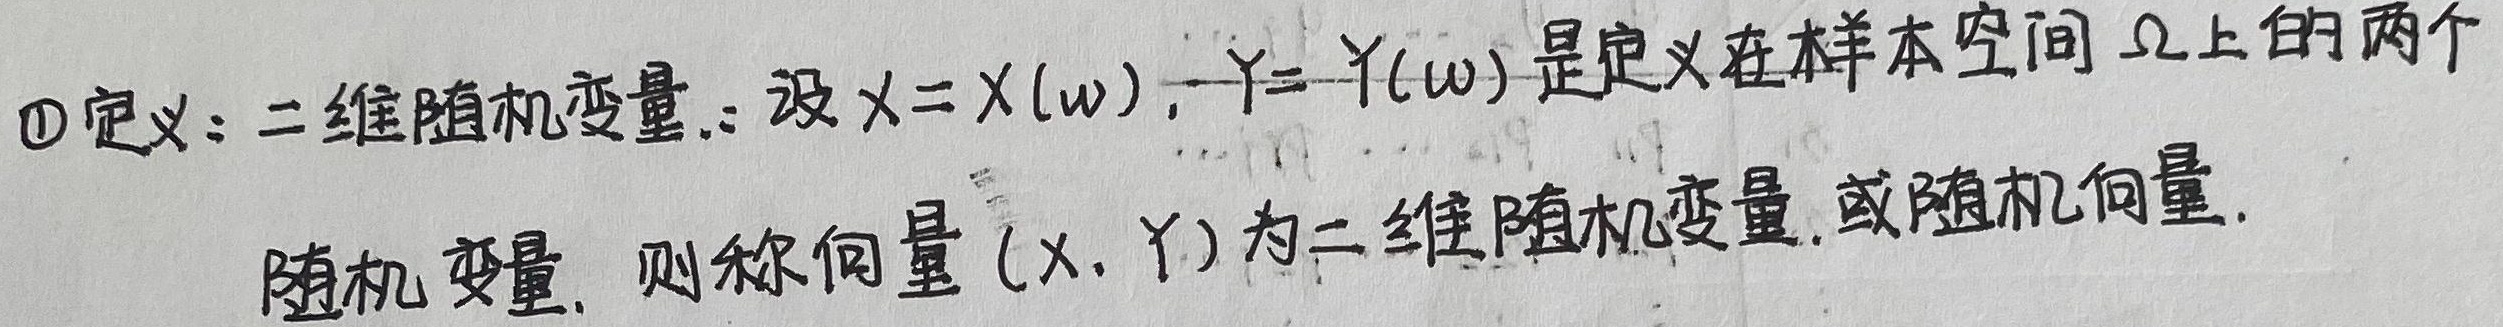
\textcircled{1}定义：二维随机变量：设\(X = X(\omega)\)，\(Y = Y(\omega)\)是定义在样本空间\(\Omega\)上的两个随机变量，则称向量\((X,Y)\)为二维随机变量，或随机向量。